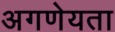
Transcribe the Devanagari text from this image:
अगणेयता